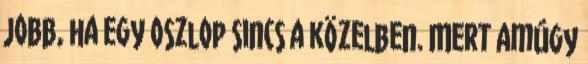
jobb, ha egy oszlop sincs a közelben. Mert amúgy